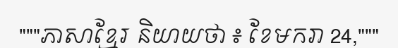
"""ភាសាខ្មែរ និយាយថា ៖ ខែមករា 24,"""